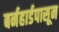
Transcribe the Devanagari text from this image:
बर्नहार्डपासून